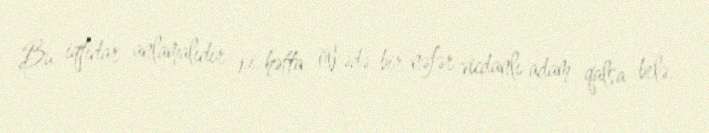
Bu iqtidar anlamalıdır ki, hətta ölkədə bir nəfər vicdanlı adam qalsa belə,